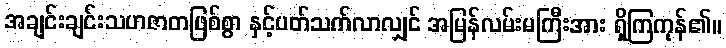
အချင်းချင်းသဟဇာတဖြစ်စွာ နှင့်ပတ်သက်လာလျှင် အမြန်လမ်းမကြီးအား ရှိကြကုန်၏။